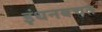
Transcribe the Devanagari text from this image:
इंधनबचत